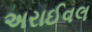
અરાઈવલ